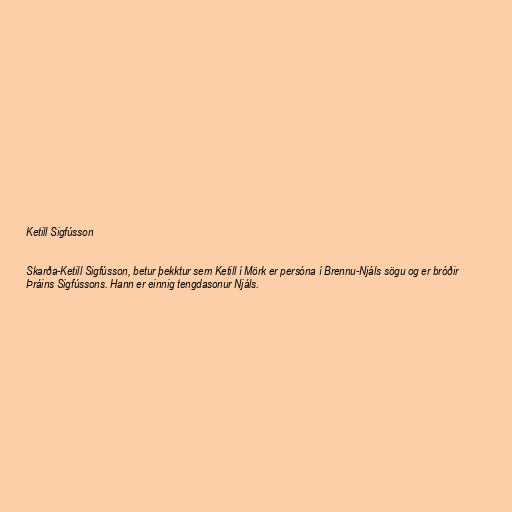
Ketill Sigfússon

Skarða-Ketill Sigfússon, betur þekktur sem Ketill í Mörk er persóna í Brennu-Njáls sögu og er bróðir
Þráins Sigfússons. Hann er einnig tengdasonur Njáls.